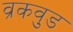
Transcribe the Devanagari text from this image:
व्रकवुड